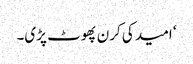
‘ امید کی کرن پھوٹ پڑی۔